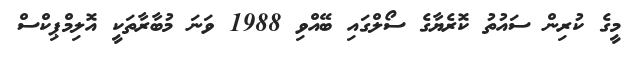
މީގެ ކުރިން ސައުތު ކޮރެޔާގެ ސޯލްގައި ބޭއްވި 1988 ވަނަ މުބާރާތަކީ އޮލިމްޕިކްސް